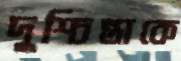
দুশ্চিন্তাকে